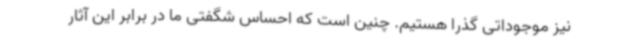
نیز موجوداتی گذرا هستیم. چنین است که احساس شگفتی ما در برابر این آثار